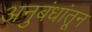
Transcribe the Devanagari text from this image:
अनुबंधांतून